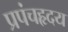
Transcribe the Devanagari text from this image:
प्रपंचहृदय